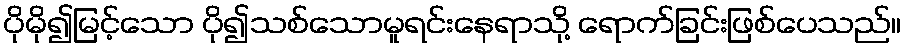
ပိုမို၍မြင့်သော ပို၍သစ်သောမူရင်းနေရာသို့ ရောက်ခြင်းဖြစ်ပေသည်။